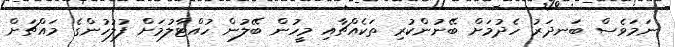
ނަމަވެސް ބަނދަރު ހެދުމަށް ބޭނުންކުރި ތަކެއްޗާއި މީހުން ބޭލުން ހުއްޓާލުމަށް ފުލުހުންގެ މައްޗަށް